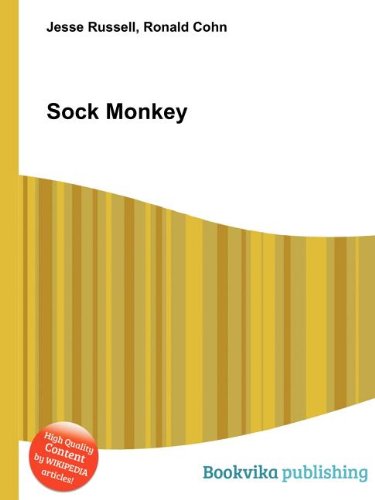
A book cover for Black Bible Cover; Christian Books & Bibles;